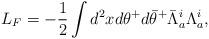
LaTeX: \begin{align*}L_F=-\frac{1}{2} \int d^2 x d \theta^+ d {\bar \theta}^+{\bar \Lambda}_a^i \Lambda_a^i,\end{align*}